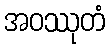
အဝဿုတံ